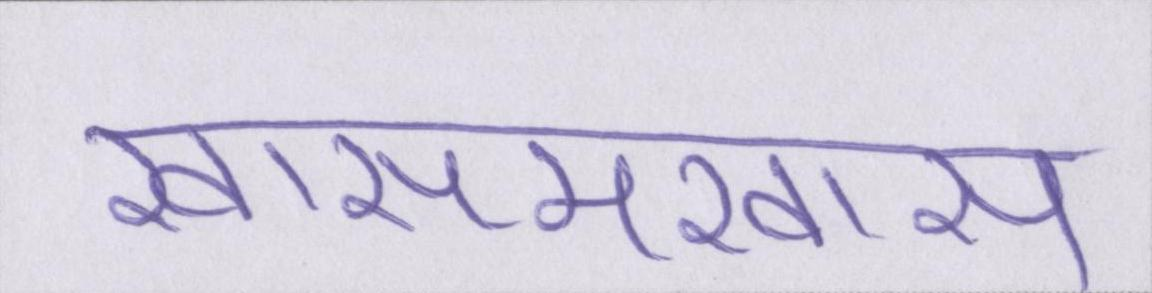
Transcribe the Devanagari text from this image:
खासमखास